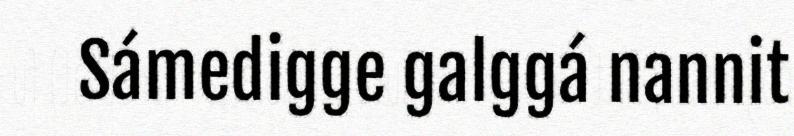
Sámedigge galggá nannit